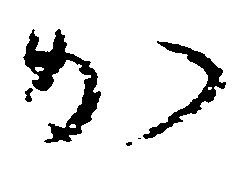
か